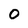
Character: 0